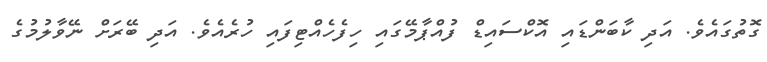
ގޮތުގައެވެ. އަދި ކާބަންޑައި އޮކްސައިޑް ފުއްޕާމޭގައި ހިފެހެއްޓިފައި ހުރެއެވެ. އަދި ބޭރަށް ނޭވާލުމުގެ